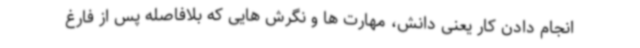
انجام دادن کار یعنی دانش، مهارت ها و نگرش هایی که بلافاصله پس از فارغ